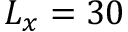
L _ { x } = 3 0